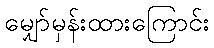
မျှော်မှန်းထားကြောင်း